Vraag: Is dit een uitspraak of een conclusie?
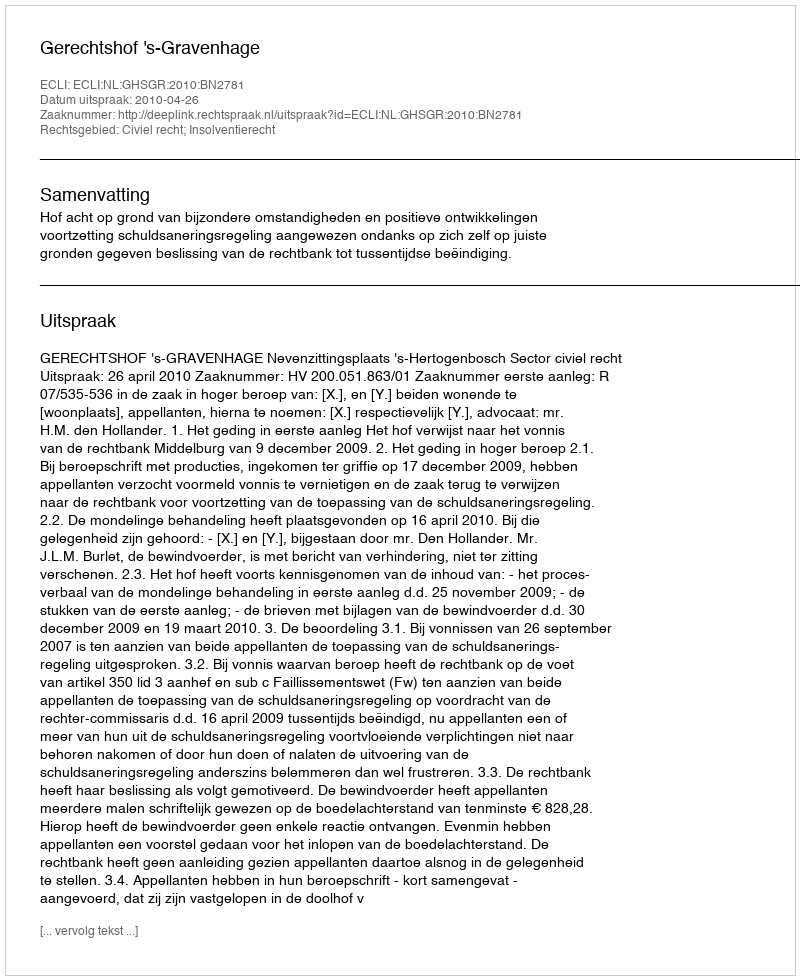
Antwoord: Uitspraak